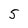
Character: 5